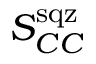
S _ { C C } ^ { \mathrm { s q z } }